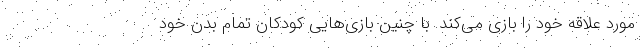
مورد علاقه خود را بازی می‌کند. با چنین بازی‌هایی کودکان تمام بدن خود